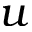
u